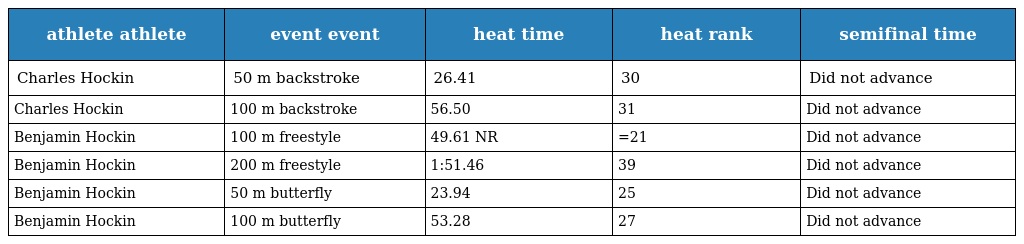
| athlete athlete | event event | heat time | heat rank | semifinal time |
 | --- | --- | --- | --- | --- |
 | Charles Hockin | 50 m backstroke | 26.41 | 30 | Did not advance |
 | Charles Hockin | 100 m backstroke | 56.50 | 31 | Did not advance |
 | Benjamin Hockin | 100 m freestyle | 49.61 NR | =21 | Did not advance |
 | Benjamin Hockin | 200 m freestyle | 1:51.46 | 39 | Did not advance |
 | Benjamin Hockin | 50 m butterfly | 23.94 | 25 | Did not advance |
 | Benjamin Hockin | 100 m butterfly | 53.28 | 27 | Did not advance |